Report of an investigation into the causes of the diseases known in Assam as Kála-Azár and Beri-Beri
Disease focus: Beri-Beri
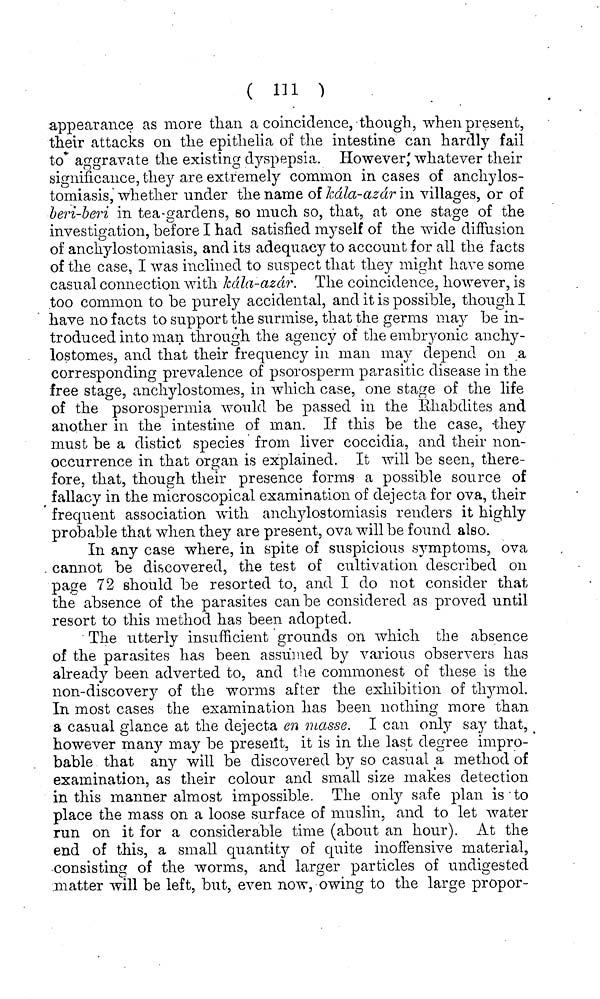
( 111 )
appearance as more than a coincidence, though, when present,
their attacks on the epithelia of the intestine can hardly fail
to aggravate the existing dyspepsia. However^ whatever their
significance, they are extremely common in cases of anchylos-
tomiasis, whether under the name of kdla-azdr in villages, or of
beri-beri in tea-gardens, so much so, that, at one stage of the
investigation, before I had satisfied myself of the wide diffusion
of anchylostomiasis, and its adequacy to account for all the facts
of the case, I was inclined to suspect that they might have some
casual connection with kdla-azdr. The coincidence, however, is
too common to be purely accidental, and it is possible, though I
have no facts to support the surmise, that the germs may be in-
troduced into man through the agency of the embryonic anchy-
lostomes, and that their frequency in man may depend on a
corresponding prevalence of psorosperm parasitic disease in the
free stage, anchylostom.es, in which case, one stage of the life
of the psorospermia would be passed in the Ehabdites and
another in the intestine of man. If this be the case, they
must be a distict species from liver coccidia, and their non-
occurrence in that organ is explained. It will be seen, there-
fore, that, though their presence forms a possible source of
fallacy in the microscopical examination of dejecta for ova, their
frequent association with anchylostomiasis renders it highly
probable that when they are present, ova will be found also.
In any case where, in spite of suspicious symptoms, ova
cannot be divscovered, the test of cultivation described on
page 72 should be resorted to, and I do not consider that
the absence of the parasites can be considered as proved until
resort to this method has been adopted.
The utterly insufficient grounds on which the absence
of the parasites has been assumed by various observers has
already been adverted to, and the commonest of these is the
non-discovery of the worms after the exhibition of thymol.
In most cases the examination has been nothing more than
a casual glance at the dejecta en masse. I can only say that,
however many may be preseilt, it is in the last degree impro-
bable that any will be discovered by so casual a method of
examination, as their colour and small size makes detection
in this manner almost impossible. The only safe plan is to
place the mass on a loose surface of muslin, and to let water
run on it for a considerable time (about an hour). At the
end of this, a small quantity of quite inoffensive material,
consisting of the worms, and larger particles of undigested
matter will be left, but, even now, owing to the large proper-